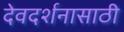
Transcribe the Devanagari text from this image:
देवदर्शनासाठी